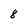
Character: 8